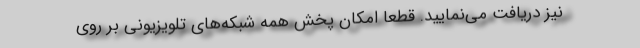
نیز دریافت می‌نمایید. قطعا امکان پخش همه شبکه‌های تلویزیونی بر روی